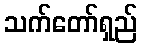
သက်တော်ရှည်